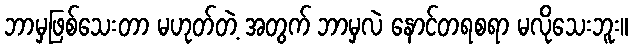
ဘာမှဖြစ်သေးတာ မဟုတ်တဲ့ အတွက် ဘာမှလဲ နောင်တရစရာ မလိုသေးဘူး။